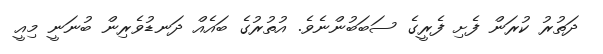
ދަތުރު ކުރަން ފެށި ފެރީގެ ސަބަބުންނެވެ. އުތުރުގެ ބައެއް ދަނޑުވެރިން ބުނަނީ މިއީ